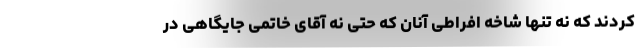
کردند که نه تنها شاخه افراطی آنان که حتی نه آقای خاتمی جایگاهی در